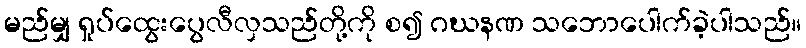
မည်မျှ ရှုပ်ထွေးပွေလီလှသည်တို့ကို စ၍ ဂဃနဏ သဘောပေါက်ခဲ့ပါသည်။